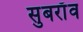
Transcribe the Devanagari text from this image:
सुबराँव